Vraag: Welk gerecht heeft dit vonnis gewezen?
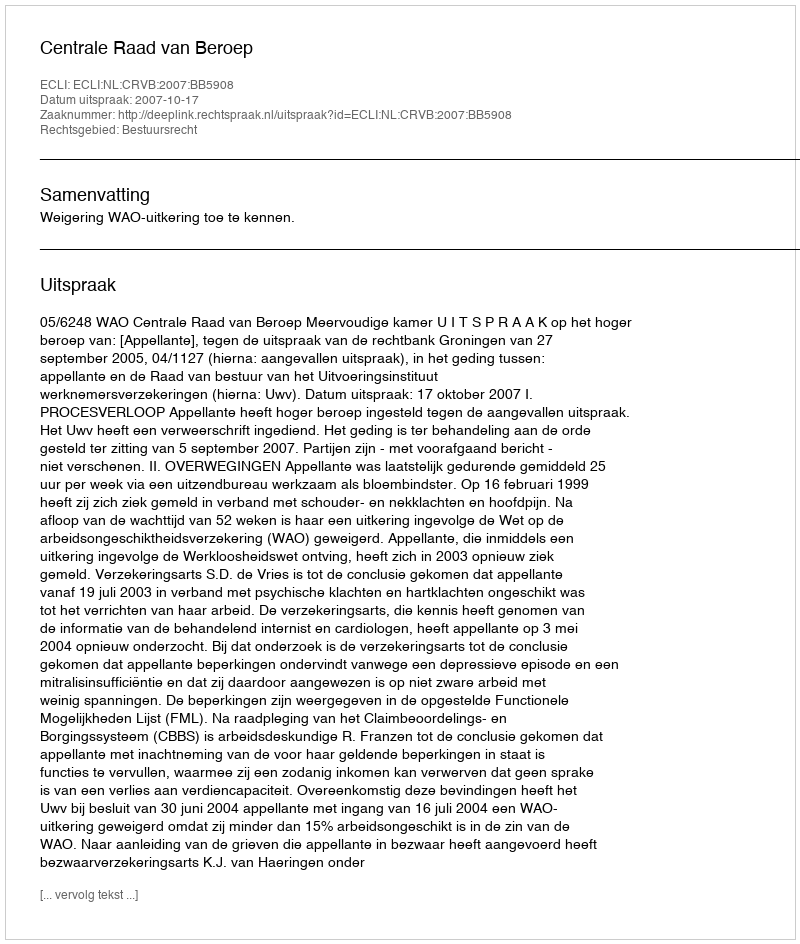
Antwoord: Centrale Raad van Beroep